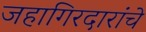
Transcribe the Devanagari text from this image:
जहागिरदारांचे